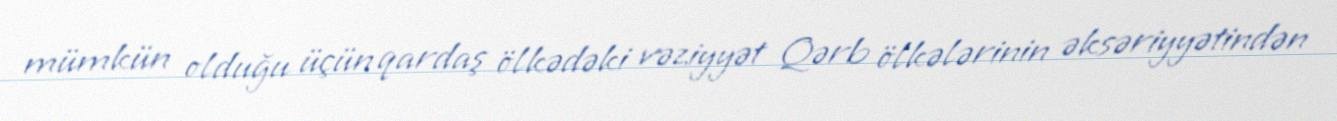
mümkün olduğu üçün qardaş ölkədəki vəziyyət Qərb ölkələrinin əksəriyyətindən